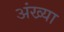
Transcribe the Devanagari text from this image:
अंख्या